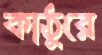
কাঠুরে